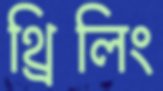
থ্রিলিং